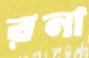
রনা